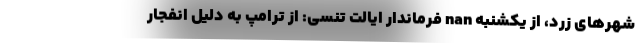
شهرهای زرد، از یکشنبه nan فرماندار ایالت تنسی: از ترامپ به دلیل انفجار